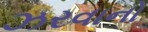
ઝરવાનો